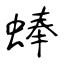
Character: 蜯